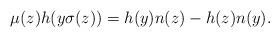
LaTeX: \begin{align*}\mu(z)h(y\sigma(z))=h(y)n(z)-h(z)n(y).\end{align*}